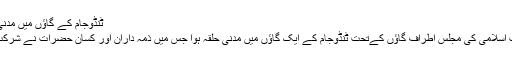
ٹنڈوجام کے گاؤں میں مدنی حلقہ
دعوت اسلامی کی مجلس اطراف گاؤں کےتحت ٹنڈوجام کے ایک گاؤں میں مدنی حلقہ ہوا جس میں ذمّہ داران اور کسان حضرات نے شرکت کی۔